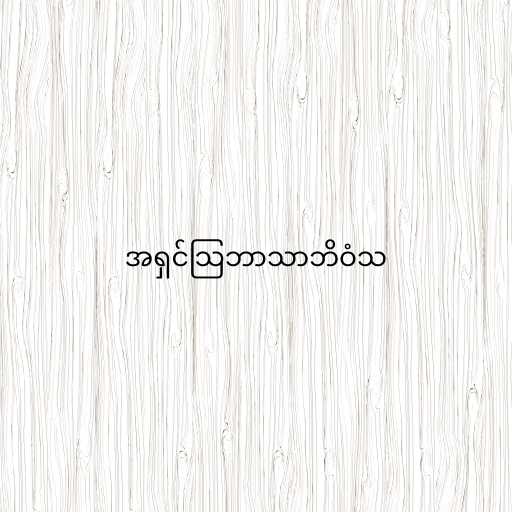
အရှင်သြဘာသာဘိဝံသ